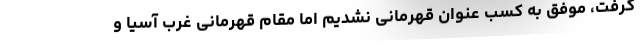
گرفت، موفق به کسب عنوان قهرمانی نشدیم اما مقام قهرمانی غرب آسیا و